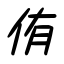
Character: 侑